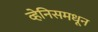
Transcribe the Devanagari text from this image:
व्हेनिसमधून